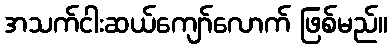
အသက်ငါးဆယ်ကျော်လောက် ဖြစ်မည်။